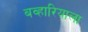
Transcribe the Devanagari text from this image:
बव्हारियाला